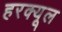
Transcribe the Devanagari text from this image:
हरक्यूल